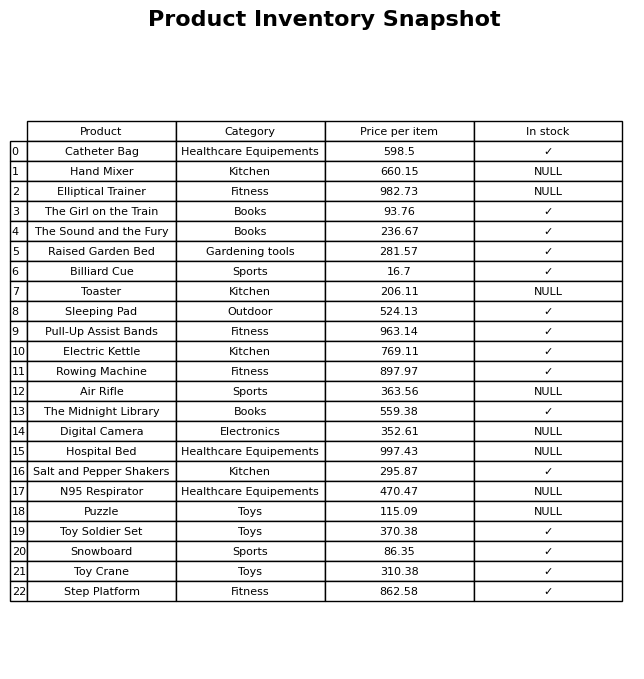
question: What is the price of the Pull-Up Assist Bands?
answer: The price of Pull-Up Assist Bands is 963.14.